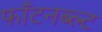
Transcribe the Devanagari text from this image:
फॉंटनब्ल्ट